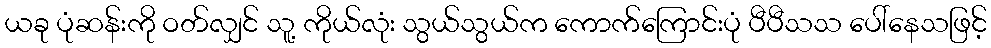
ယခု ပုံဆန်းကို ဝတ်လျှင် သူ့ ကိုယ်လုံး သွယ်သွယ်က ကောက်ကြောင်းပုံ ပီပီသသ ပေါ်နေသဖြင့်